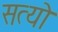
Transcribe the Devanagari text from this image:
सत्यो